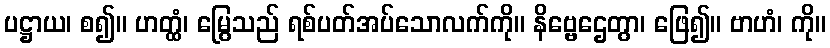
ပဋ္ဌာယ၊ စ၍။ ဟတ္ထံ၊ မြွေသည် ရစ်ပတ်အပ်သောလက်ကို။ နိဗ္ဗေဌေတွာ၊ ဖြေ၍။ ဗာဟံ၊ ကို။